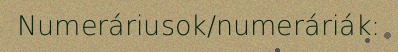
Numeráriusok/numeráriák: